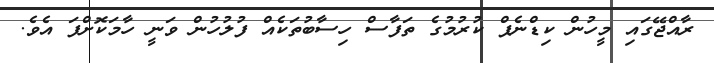
ރާއްޖޭގައި މީހުން ކިޑްނެޕް ކުރުމުގެ ތަފާސް ހިސާބުތަކެއް ފުލުހުން ވަނީ ހާމަކޮށްފަ އެވެ.